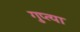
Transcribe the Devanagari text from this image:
गुप्त्या